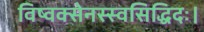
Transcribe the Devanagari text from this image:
विष्वक्सेनस्स्वसिद्धिदः।